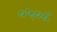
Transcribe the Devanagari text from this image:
०५०८